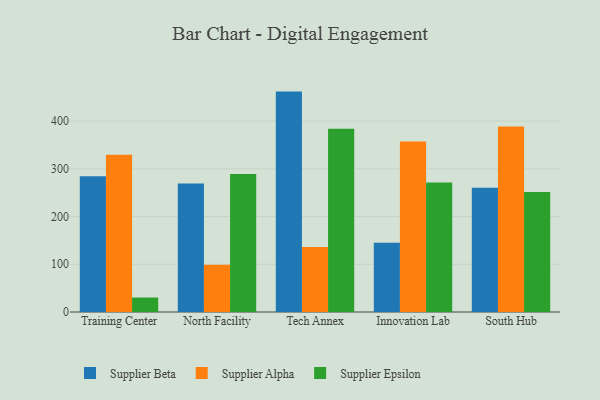
{"axis": {"x": "Campus", "y": "Website Visitors"}, "legend": ["Supplier Alpha", "Supplier Beta", "Supplier Epsilon"], "data": [{"x": "Training Center", "y": 284.4, "type": "Supplier Beta"}, {"x": "Training Center", "y": 329.6, "type": "Supplier Alpha"}, {"x": "Training Center", "y": 30.3, "type": "Supplier Epsilon"}, {"x": "North Facility", "y": 269.2, "type": "Supplier Beta"}, {"x": "North Facility", "y": 98.9, "type": "Supplier Alpha"}, {"x": "North Facility", "y": 289.0, "type": "Supplier Epsilon"}, {"x": "Tech Annex", "y": 461.8, "type": "Supplier Beta"}, {"x": "Tech Annex", "y": 136.4, "type": "Supplier Alpha"}, {"x": "Tech Annex", "y": 383.7, "type": "Supplier Epsilon"}, {"x": "Innovation Lab", "y": 145.0, "type": "Supplier Beta"}, {"x": "Innovation Lab", "y": 357.1, "type": "Supplier Alpha"}, {"x": "Innovation Lab", "y": 271.6, "type": "Supplier Epsilon"}, {"x": "South Hub", "y": 260.6, "type": "Supplier Beta"}, {"x": "South Hub", "y": 388.5, "type": "Supplier Alpha"}, {"x": "South Hub", "y": 251.5, "type": "Supplier Epsilon"}]}